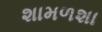
શામળશા